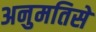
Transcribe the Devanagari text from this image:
अनुमतिसे